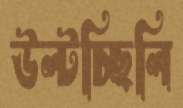
উল্‌টচ্ছিলি